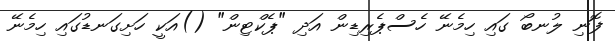
ފޮނި ލުނބޯ ގައި ހިމެނޭ ހެސްޕެރިޑިން އަދި "ޕެކްޓިން" ()އަކީ ހަށިގަނޑުގައި ހިމެނޭ